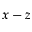
x - z